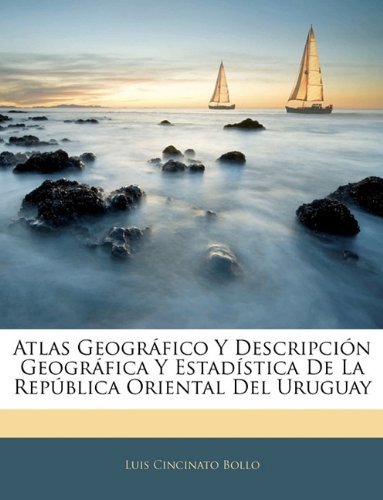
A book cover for Atlas Geogr?fico Y Descripci?n Geogr?fica Y Estad?stica De La Rep?blica Oriental Del Uruguay (Spanish Edition) [Paperback] [2010] (Author) Luis Cincinato Bollo; Travel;